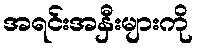
အရင်းအနှီးများကို